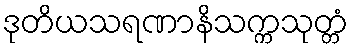
ဒုတိယသရဏာနိသက္ကသုတ္တံ